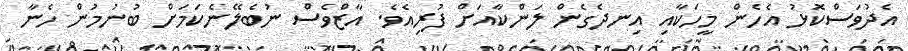
އެދުވަސްކޮޅު އެހެން މީހަކާއި އިނދެގެން ލަންކާއަށް ފުރިއެވެ. އާޒްވެސް ނުބެލޭނެކަމަށް ބުނުމުން ހެނާ